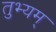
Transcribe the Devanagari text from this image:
तुभ्यम्